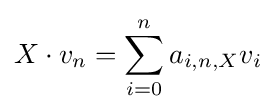
X\cdot v_{n}=\sum _{i=0}^{n}a_{i,n,X}v_{i}